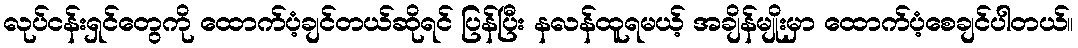
လုပ်ငန်းရှင်တွေကို ထောက်ပံ့ချင်တယ်ဆိုရင် ပြန်ပြီး နလန်ထူရမယ့် အချိန်မျိုးမှာ ထောက်ပံ့စေချင်ပါတယ်။